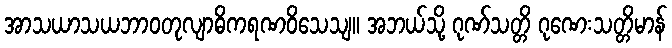
အာသယာသယဘာဝတုလျာဓိကရဏဝိသေသျ။ အဘယ်သို့ ဂုဏ်သတ္တိ ဂုဏေးသတ္တိမာန်